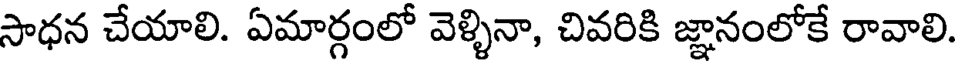
సాధన చేయాలి. ఏమార్గంలో వెళ్ళినా, చివరికి జ్ఞానంలోకే రావాలి.